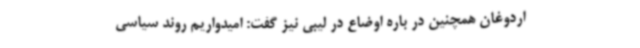
اردوغان همچنین در باره اوضاع در لیبی نیز گفت: امیدواریم روند سیاسی